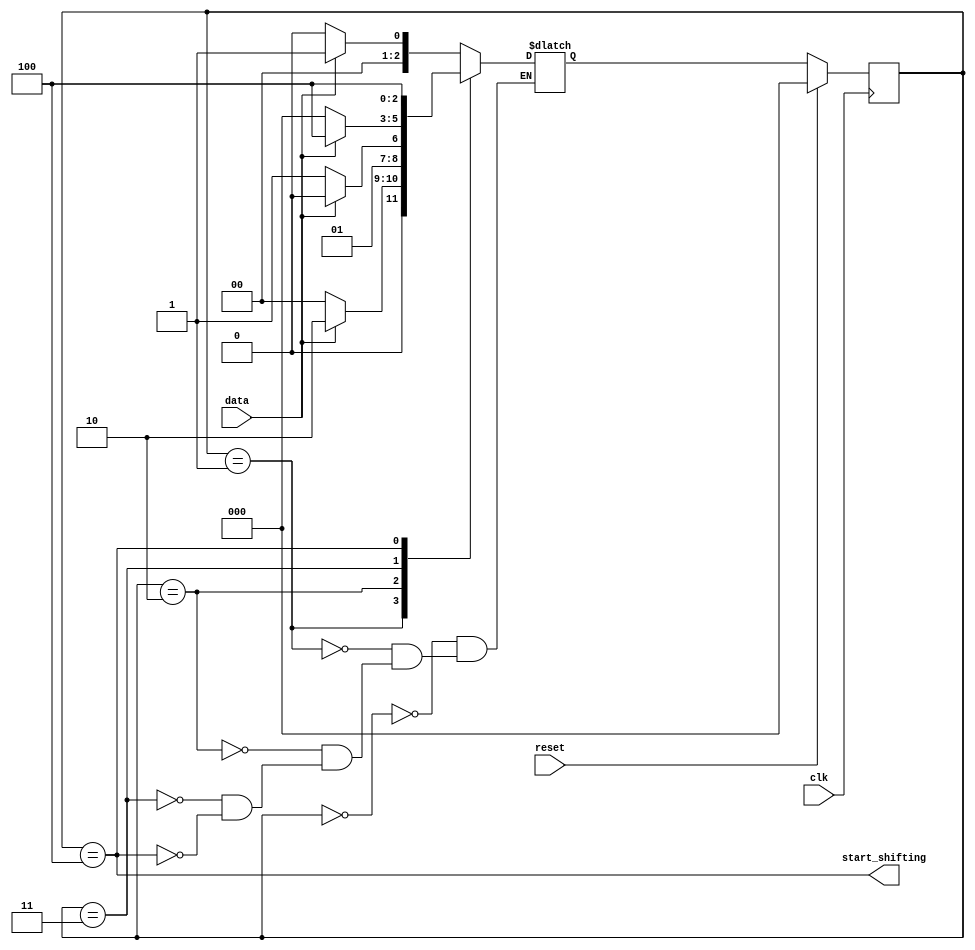
/*
This is the second component in a series of five exercises that
builds a complex counter out of several smaller circuits.
See the final exercise for the overall design.

Build a finite-state machine that searches for the sequence 1101
in an input bit stream. When the sequence is found, it should set
start_shifting to 1, forever, until reset. Getting stuck in the final
state is intended to model going to other states in a bigger FSM
that is not yet implemented. We will be extending this FSM in the next few exercises.
*/

module top_module (
    input clk,
    input reset,      // Synchronous reset
    input data,
    output start_shifting);
    
    parameter A=0, B=1, C=2, D=3, E=4;
    reg [2:0] state, next;
    
    always @ (*) begin
        case (state)
            A: next = data ? B : A;
            B: next = data ? C : A;
            C: next = data ? C : D;
            D: next = data ? E : A;
       		E: next = E;
        endcase
    end
    
    always @ (posedge clk) begin
        if (reset)
            state <= A;
        else
            state <= next;
    end
    
    assign start_shifting = state == E;
    
endmodule